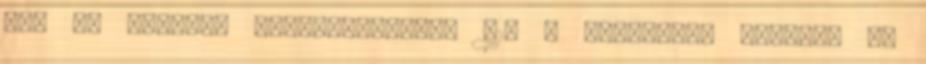
33, az urasági alkalmazottaké 51. A könyvkötő szakmát is